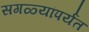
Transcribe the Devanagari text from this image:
सगळ्यांपर्यंत